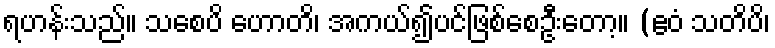
ရဟန်းသည်။ သစေပိ ဟောတိ၊ အကယ်၍ပင်ဖြစ်စေဦးတော့။ (ဧဝံ သတိပိ၊